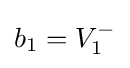
b_{1}=V_{1}^{-}